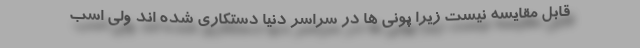
قابل مقایسه نیست زیرا پونی ها در سراسر دنیا دستکاری شده اند ولی اسب